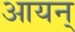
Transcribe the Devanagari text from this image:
आयन्